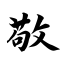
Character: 敬